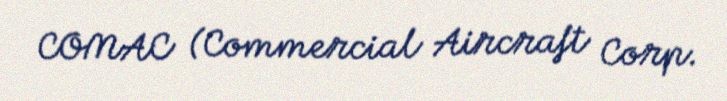
COMAC (Commercial Aircraft Corp.